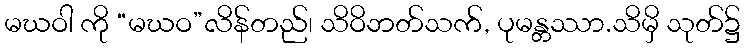
မဃဝါ ကို “မဃဝ”လိန်တည်၊ သိဝိဘတ်သက်, ပုမန္တဿာ.သိမှိ သုတ်၌